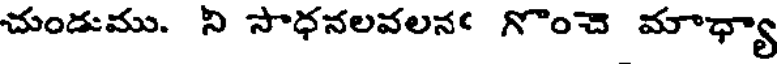
చుండుము. ని సాధనలవలనఁ గొంచె మాధ్యా